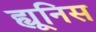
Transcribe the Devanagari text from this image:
ह्यूनिस